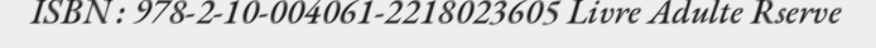
ISBN : 978-2-10-004061-2218023605 Livre Adulte Rserve